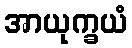
အာယုက္ခယံ